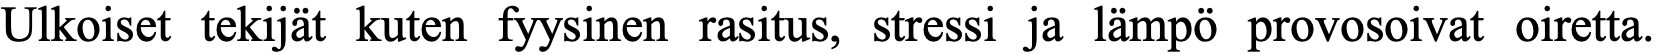
Ulkoiset tekijät kuten fyysinen rasitus, stressi ja lämpö provosoivat oiretta.